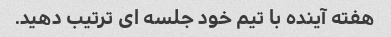
هفته آینده با تیم خود جلسه ای ترتیب دهید.